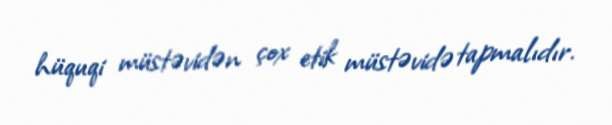
hüquqi müstəvidən çox etik müstəvidə tapmalıdır.